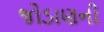
જોડાણની